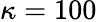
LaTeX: \kappa=100